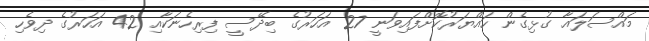
މައްސަލައާ ގުޅިގެން ހައްޔަރުކޮށްފައިވަނީ 27 އަހަރުގެ ބިދޭސީ ފިރިހެނަކާއި 42 އަހަރުގެ ދިވެހި